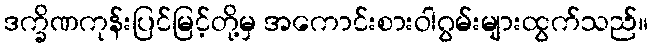
ဒက္ခိဏကုန်းပြင်မြင့်တို့မှ အကောင်းစားဝါဂွမ်းများထွက်သည်။